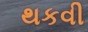
થકવી